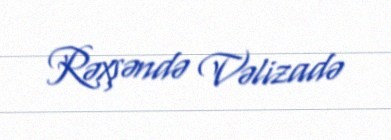
Rəxşəndə Vəlizadə